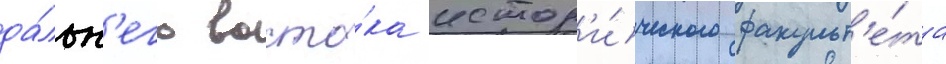
да́льн'его восто́ка истор'и́ческого факульт'е́та